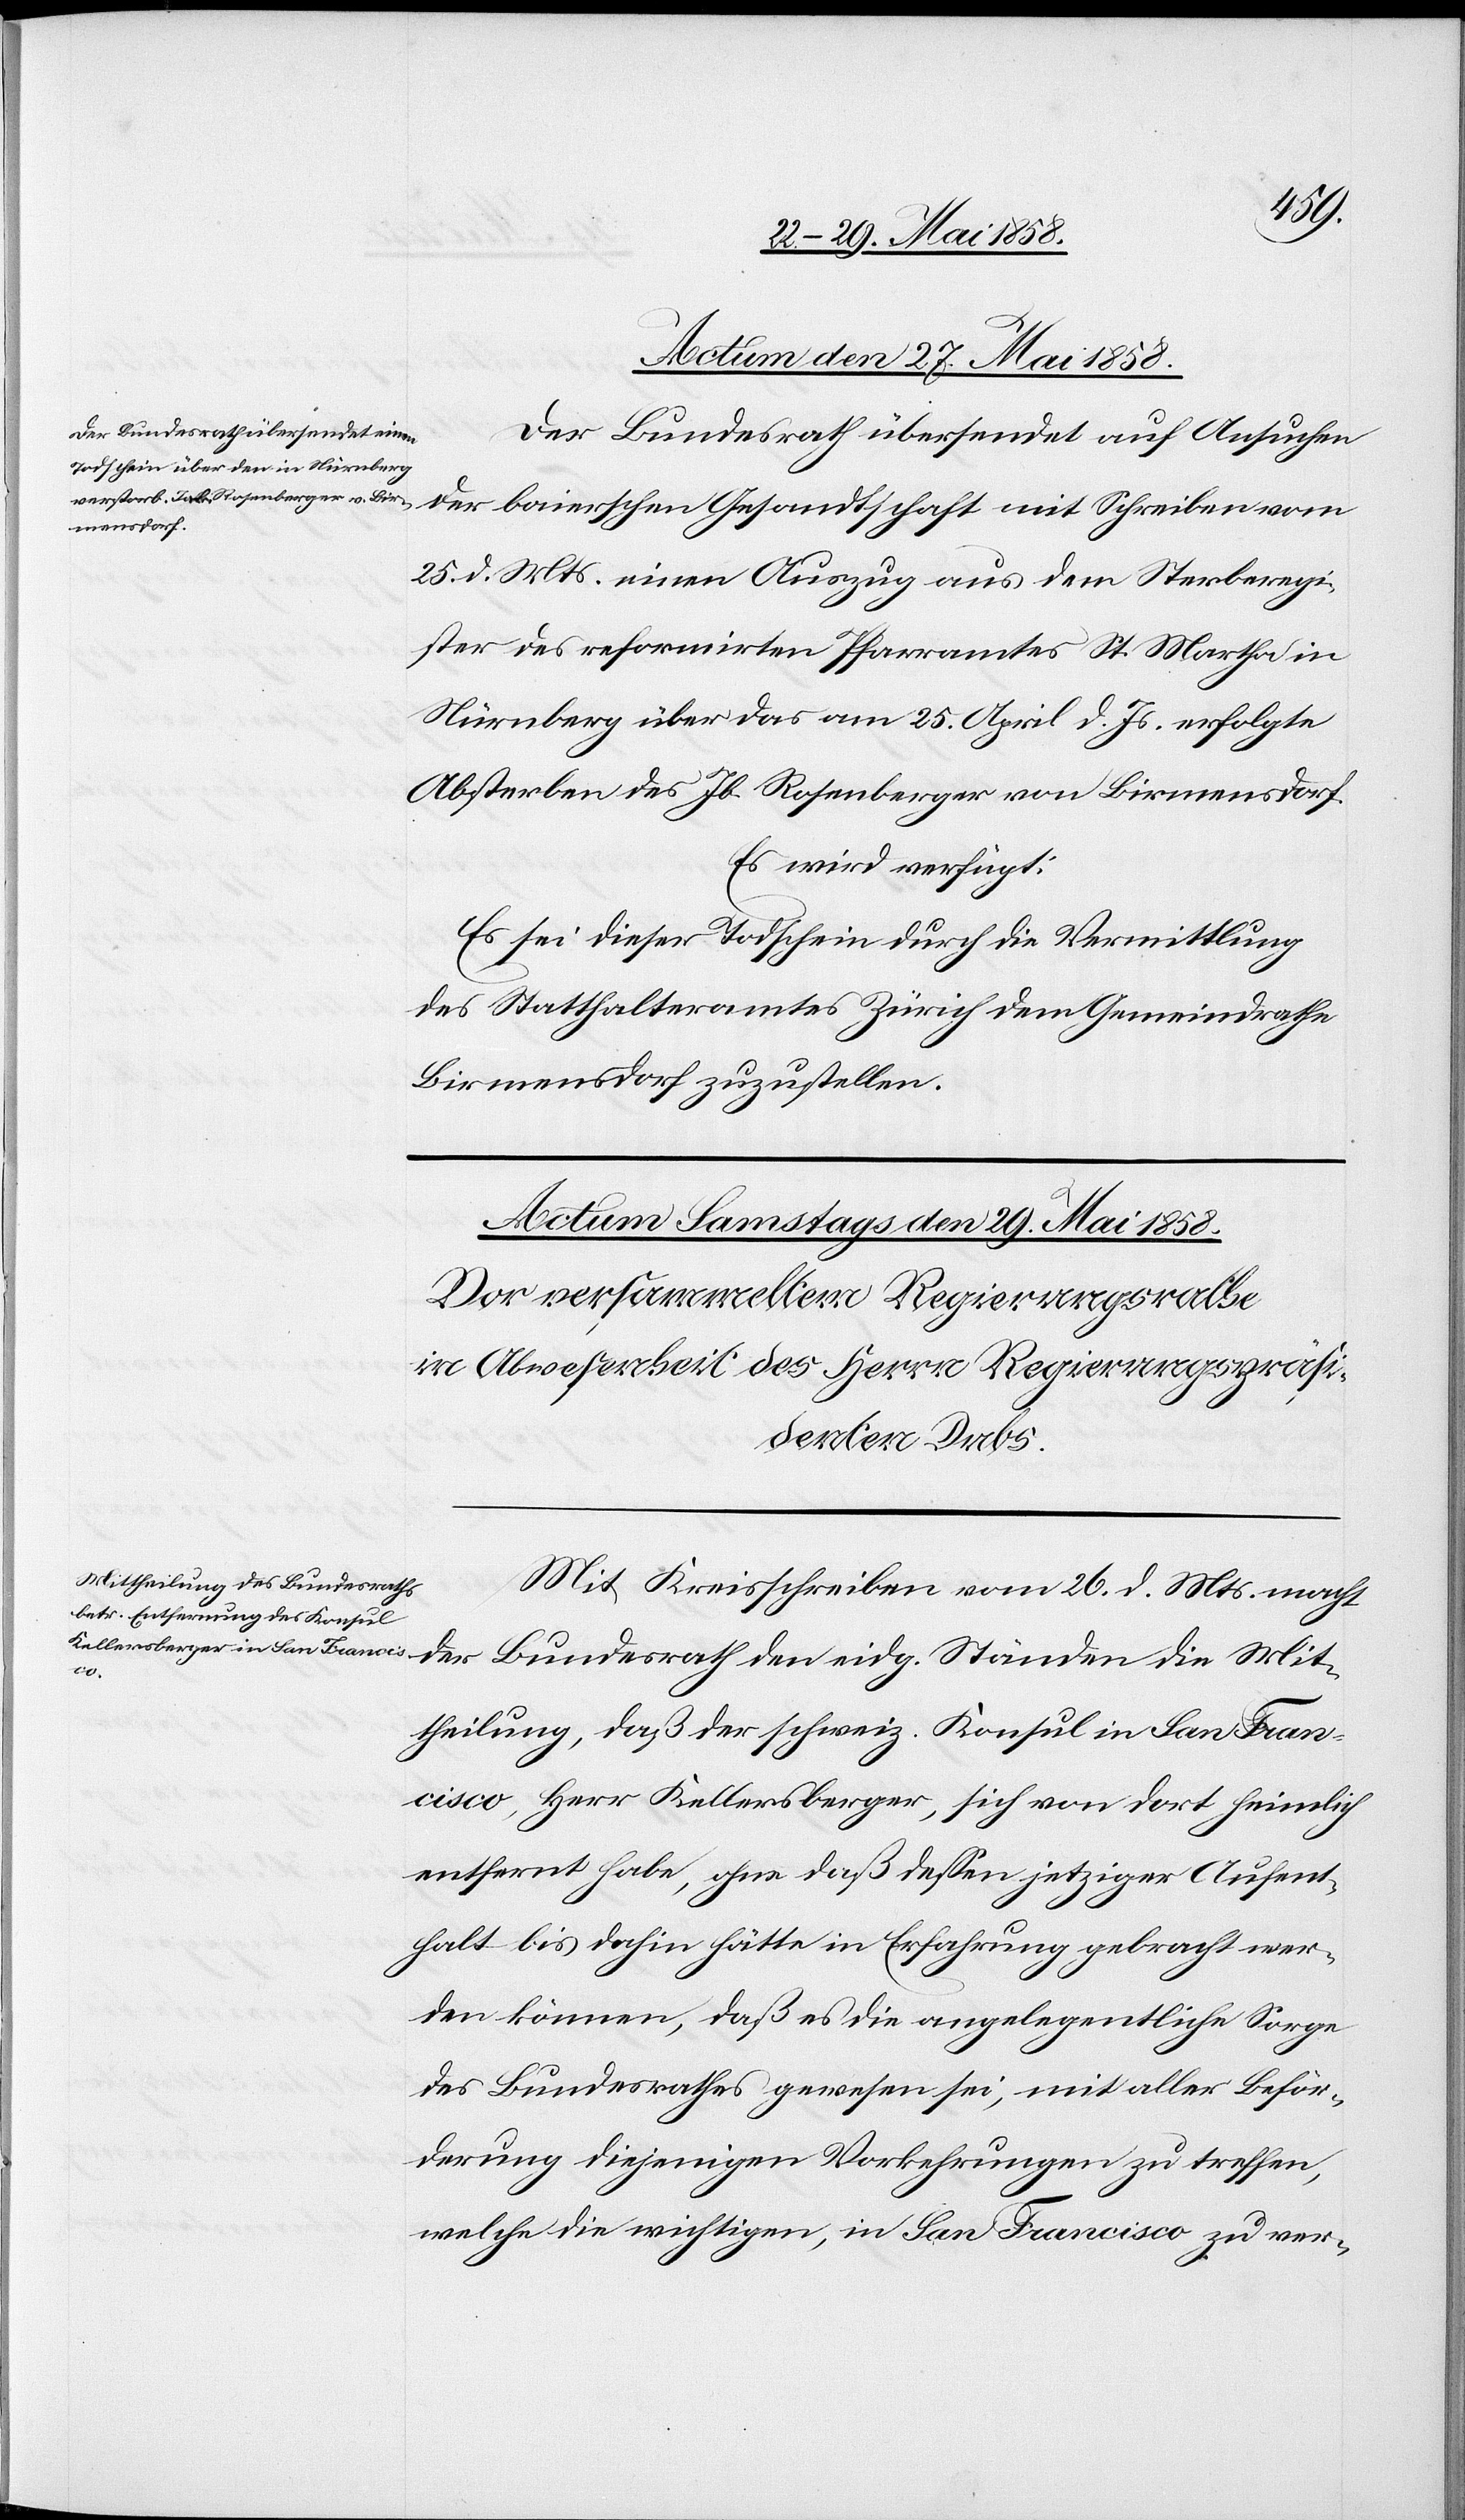
Actum den 27. Mai 1858.
Der Bundesrath übersendet auf Ansuchen
der baierschen Gesandtschaft mit Schreiben vom
25. d. Mts. einen Auszug aus dem Sterberegi¬
ster des reformirten Pfarramtes St. Martha in
Nürnberg über das am 25. April d. Js. erfolgte
Absterben des Jb. Rosenberger von Birmensdorf.
Es wird verfügt:
Es sei dieser Todschein durch die Vermittlung
des Statthalteramtes Zürich dem Gemeindrathe
Birmensdorf zuzustellen.
Mit Kreisschreiben vom 26. d. Mts. macht
Mit¬
theilung, daß der schweiz. Konsul in San Fran¬
cisco, Herr Kellersberger, sich von dort heimlich
entfernt habe, ohne daß dessen jetziger Aufent¬
halt bis dahin hätte in Erfahrung gebracht wer¬
den können, daß es die angelegentliche Sorge
des Bundesrathes gewesen sei, mit aller Beför¬
derung diejenigen Vorkehrungen zu treffen,
welche die wichtigen, in San Francisco zu ver-